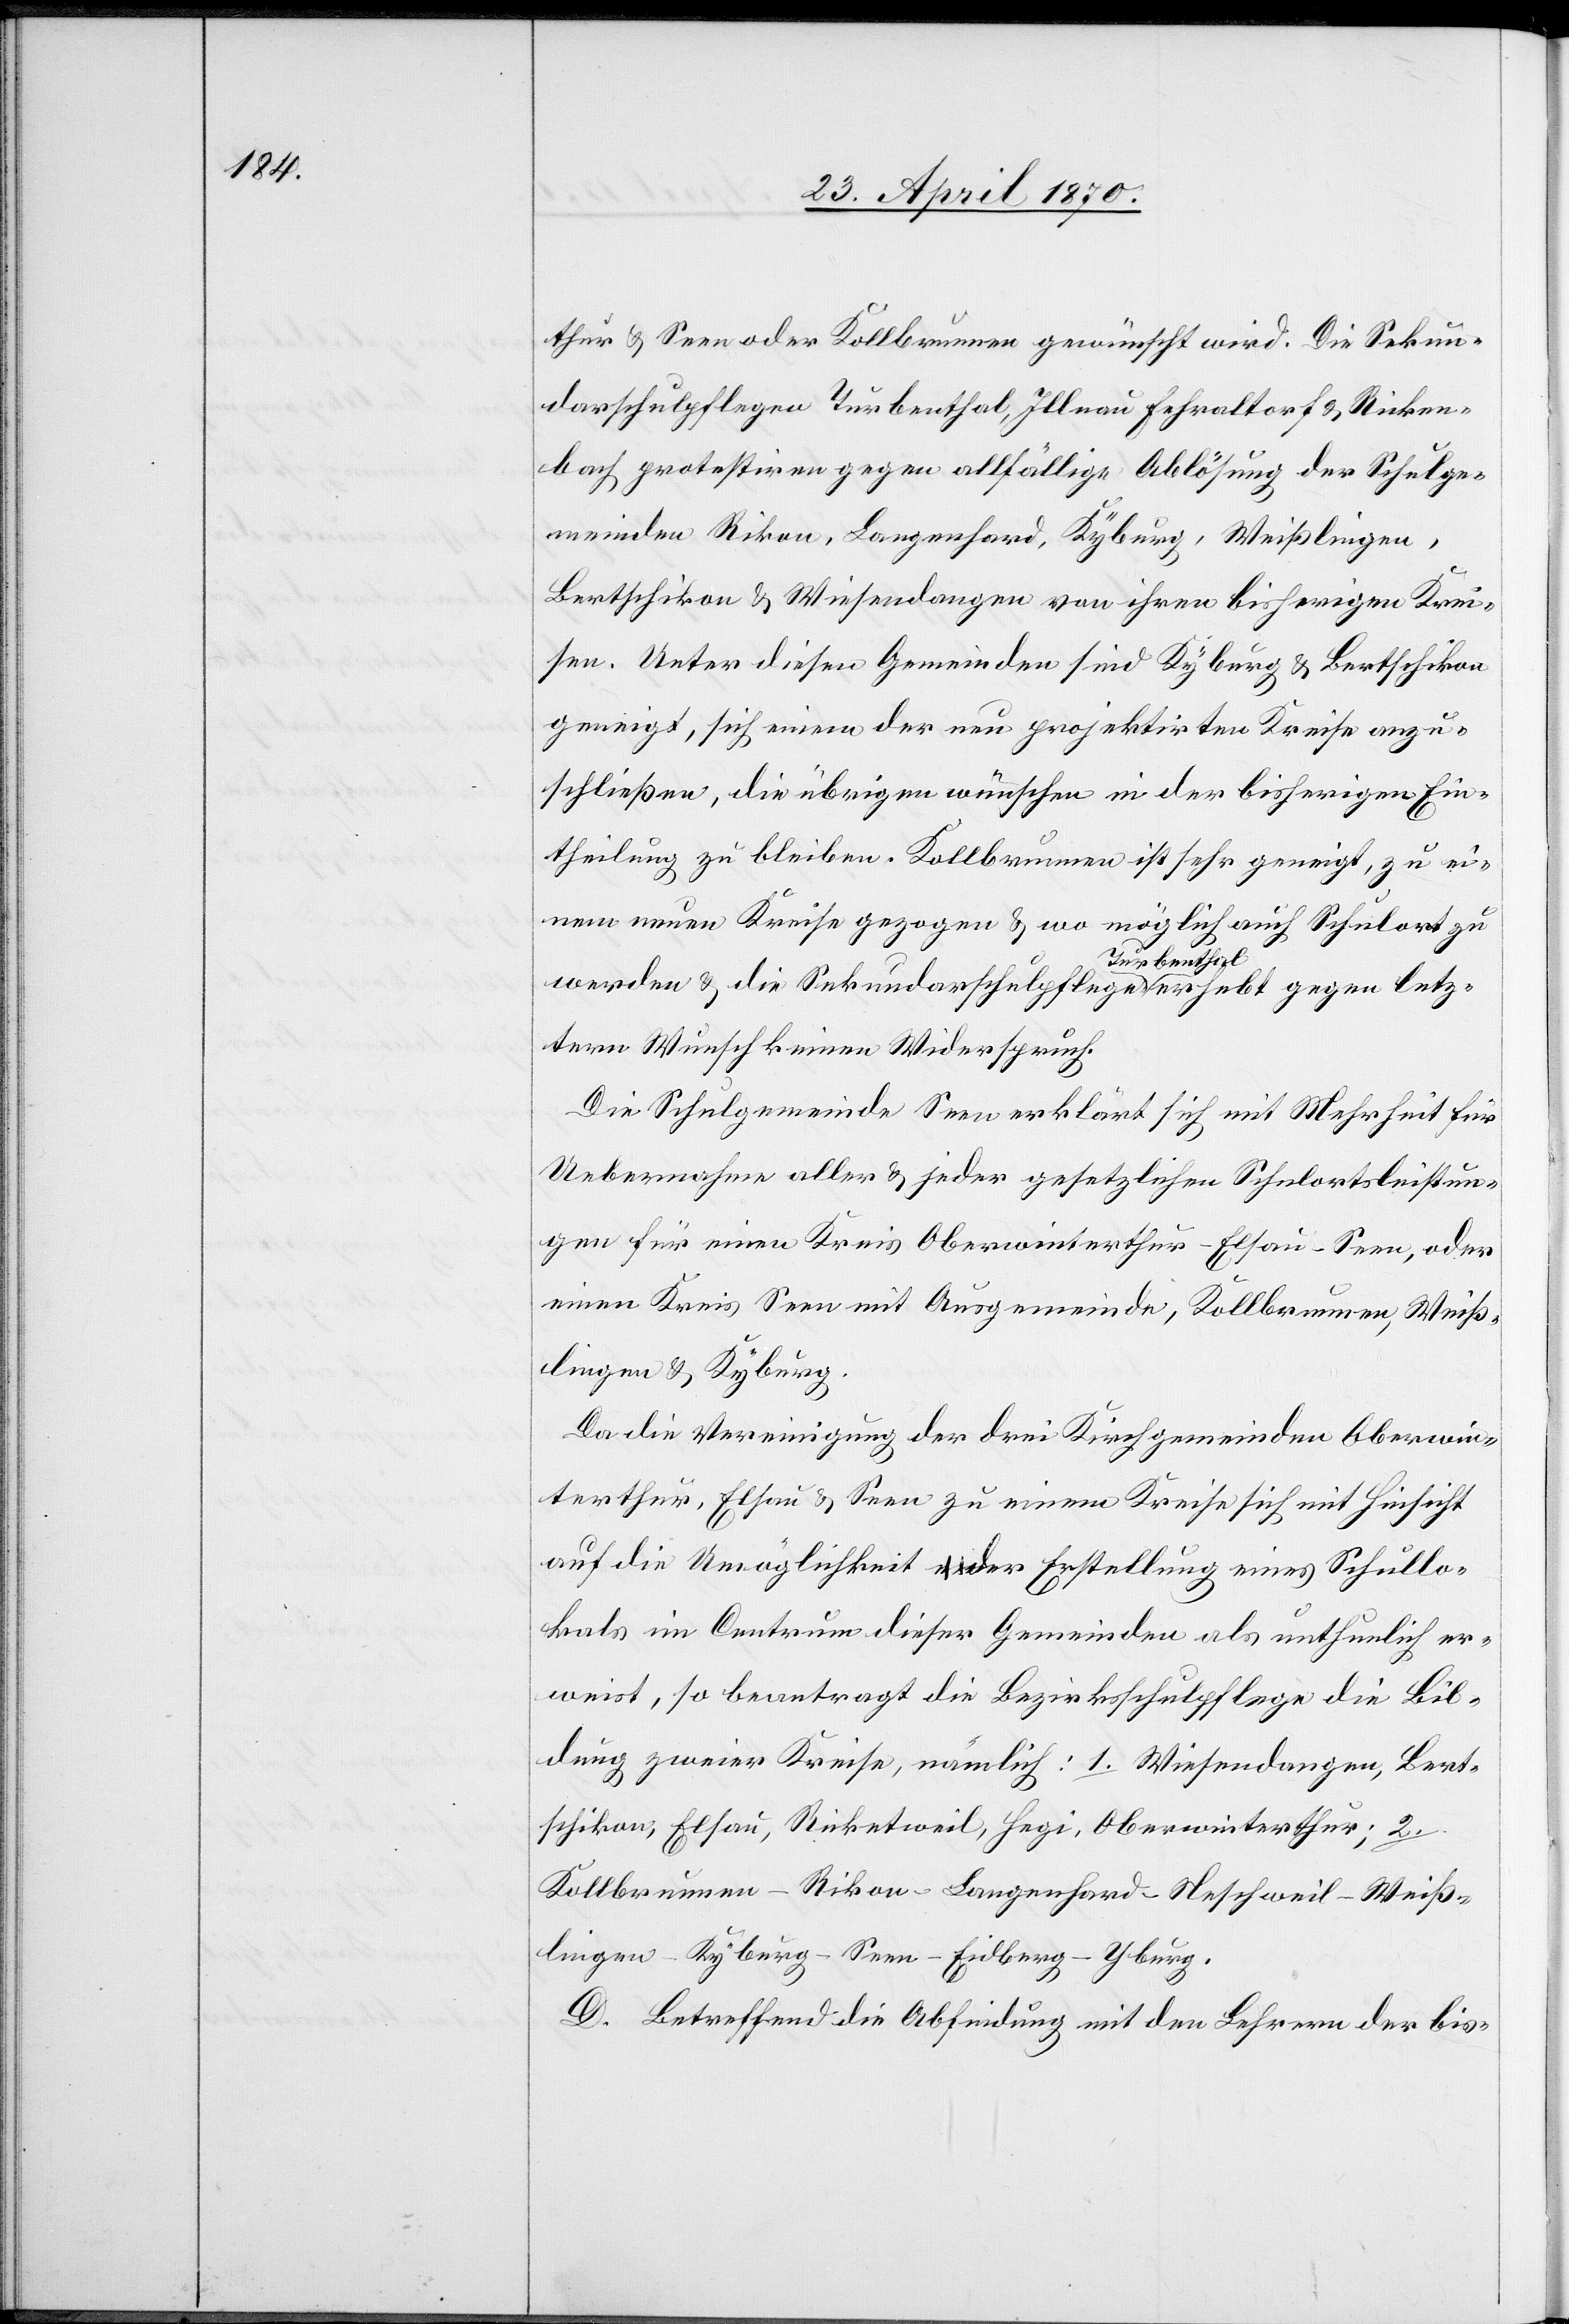
thur & Seen oder Kollbrunnen gewünscht wird. Die Sekun¬
darschulpflegen Turbenthal, Illnau[,] Fehraltorf & Ricken¬
bach protestiren gegen allfällige Ablösung der Schulge¬
meinden Rikon, Langenhard, Kyburg, Weißlingen,
Bertschikon & Wiesendangen von ihren bisherigen Krei¬
sen. Unter diesen Gemeinden sind Kyburg & Bertschikon
geneigt, sich einem der neu projektirten Kreise anzu¬
schließen, die übrigen wünschen in der bisherigen Ein¬
theilung zu bleiben. Kollbrunnen ist sehr geneigt, zu ei¬
nem neuen Kreise gezogen & wo möglich auch Schulort zu
werden & die Sekundarschulpflege Turbenthal erhebt gegen letz¬
tern Wunsch keinen Widerspruch.
Die Schulgemeinde Seen erklärt sich mit Mehrheit für
Uebernahme aller & jeder gesetzlichen Schulortsleistun¬
gen für einen Kreis Oberwinterthur-Elsau-Seen, oder
einen Kreis Seen mit Ausgemeinden, Kollbrunnen, Weiß¬
lingen & Kyburg.
Da die Vereinigung der drei Kirchgemeinden Oberwin¬
terthur, Elsau & Seen zu einem Kreise sich mit Hinsicht
auf die U[n]möglichkeit der Erstellung eines Schullo¬
kals im Centrum dieser Gemeinden als unthunlich er¬
weist, so beantragt die Bezirksschulpflege die Bil¬
dung zweier Kreise, nämlich: 1. Wiesendangen, Bert¬
schikon, Elsau, Ricketweil, Hegi, Oberwinterthur; 2.
Kollbrunnen-Rikon-Langenhard-Neschweil-Weiß¬
lingen-Kyburg-Seen-Eidberg-Yburg
D. Betreffend die Abfindung mit den Lehrern der bis-